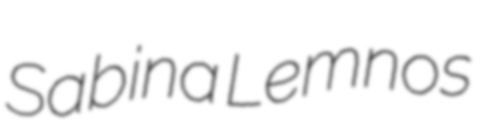
Sabina Lemnos